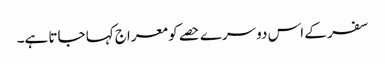
سفر کے اس دوسرے حصے کو معراج کہا جاتا ہے۔